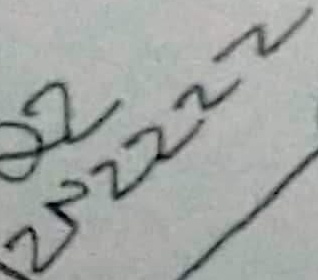
Text: 2N2222